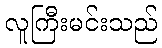
လူကြီးမင်းသည်